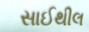
સાઈથીલ